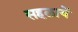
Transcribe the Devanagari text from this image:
सहलायें